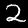
Digit: 2